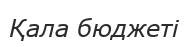
Қала бюджеті